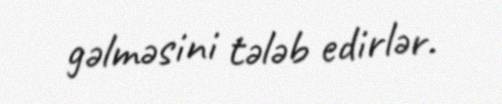
gəlməsini tələb edirlər.